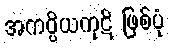
အကပ္ပိယကုဋိ ဖြစ်ပုံ